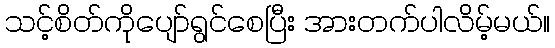
သင့်စိတ်ကိုပျော်ရွင်စေပြီး အားတက်ပါလိမ့်မယ်။